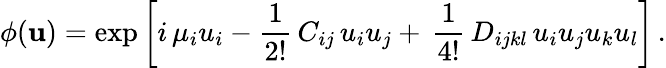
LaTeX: \phi({\mathbf u})=\exp\left[i\, \mu_{i}u_{i}-{\frac{1}{2!}}\, C_{ij}\, u_{i}u_{j}+\, {\frac{1}{4!}}\, D_{ijkl}\, u_{i}u_{j}u_{k}u_{l}\right]\, .